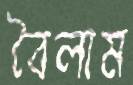
বৈলাম